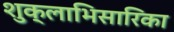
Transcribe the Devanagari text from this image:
शुक्लाभिसारिका